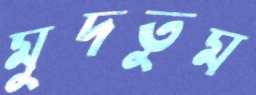
মুদতুম